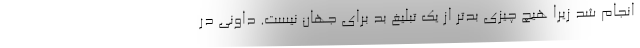
انجام شد زیرا هیچ چیزی بدتر از یک تبلیغ بد برای جهان نیست. داونی در